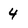
Character: 4